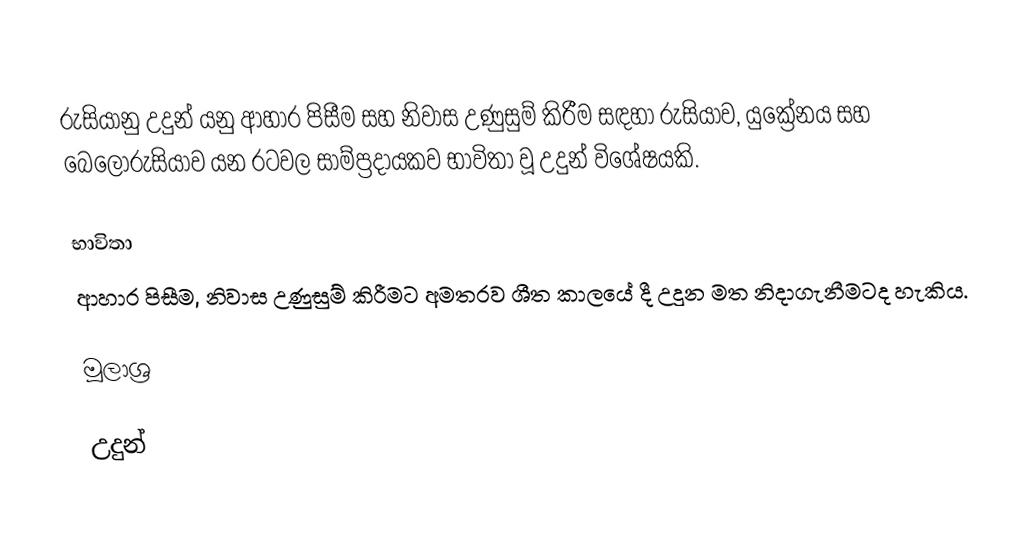
රුසියානු උදුන් යනු ආහාර පිසීම සහ නිවාස උණුසුම් කිරීම සඳහා රුසියාව, යුක්‍රේනය සහ බෙලෝරුසියාව යන රටවල සාම්ප්‍රදායකව භාවිතා වූ උදුන් විශේෂයකි.

භාවිතා
ආහාර පිසීම, නිවාස උණුසුම් කිරීමට අමතරව ශීත කාලයේ දී උදුන මත නිදාගැනීමටද හැකිය.

මූලාශ්‍ර

උදුන්